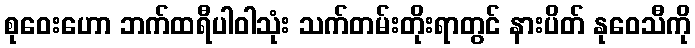
စုဝေးဟော ဘက်ထရီပါဝါသုံး သက်တမ်းတိုးရာတွင် နားပိတ် နုဝေသီကို